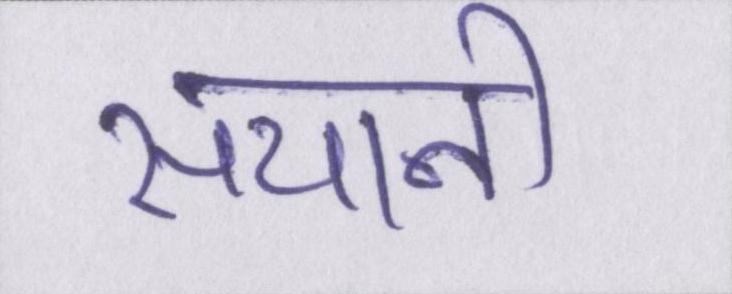
सयानी